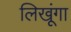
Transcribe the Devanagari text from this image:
लिखूंगा